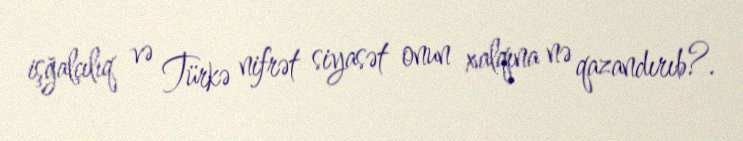
işğalçılıq və Türkə nifrət siyasət onun xalqına nə qazandırıb?.